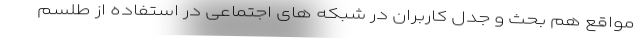
مواقع هم بحث و جدل کاربران در شبکه های اجتماعی در استفاده از طلسم